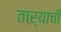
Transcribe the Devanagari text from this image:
ताऱ्‍याची